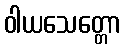
ဝါယသေတ္တော